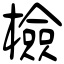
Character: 檢